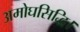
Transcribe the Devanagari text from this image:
अमोघसिद्धि।